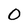
Character: 0